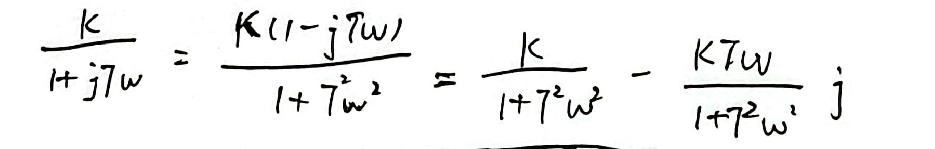
\[ \frac{K}{1 + jT\omega} = \frac{K(1 - jT\omega)}{1 + T^{2}\omega^{2}} = \frac{K}{1 + T^{2}\omega^{2}} - \frac{KT\omega}{1 + T^{2}\omega^{2}} j \]